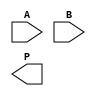
module scalable_wallace_tree_multiplier #(parameter N = 8) (
    input  wire [N-1:0] A,
    input  wire [N-1:0] B,
    output wire [2*N-1:0] P
);

    // Generate partial products
    wire [N-1:0] pp [0:N-1]; // Partial products
    genvar i, j;
    generate
        for (i = 0; i < N; i = i + 1) begin : gen_partial_products
            assign pp[i] = A & {N{B[i]}};
        end
    endgenerate

    // Wallace Tree Reduction
    wire [N+1:0] sum [0:N-1]; // Sums at each level
    wire [N-1:0] carry [0:N-1]; // Carries at each level

    // Initial stage: First level of reduction
    generate
        for (i = 0; i < N; i = i + 1) begin : first_level
            if (i < N-1) begin
                assign sum[i] = pp[i][N-1:0] + pp[i+1][N-1:0];
                assign carry[i] = pp[i][N] + pp[i+1][N];
            end else begin
                assign sum[i] = pp[i][N-1:0];
                assign carry[i] = 1'b0; // No carry for the last partial product
            end
        end
    endgenerate

    // Wallace Tree Reduction Logic
    wire [N+1:0] final_sum [0:N-1];
    wire [N-1:0] final_carry [0:N-1];

    // Reduction stages
    generate
        for (i = 0; i < N; i = i + 1) begin : reduction_stage
            if (i < N-1) begin
                assign final_sum[i] = sum[i] + carry[i];
                assign final_carry[i] = carry[i] + (i < N-2 ? sum[i+1][N] : 1'b0);
            end else begin
                assign final_sum[i] = sum[i];
                assign final_carry[i] = 1'b0; // No carry for the last stage
            end
        end
    endgenerate

    // Final Addition Stage
    wire [2*N-1:0] final_result;
    assign final_result = final_sum[0] + final_carry[0];

    // Output the final product
    assign P = final_result;

endmodule